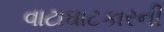
વાટાઘાટકારની